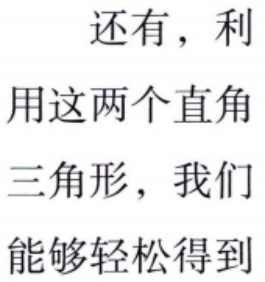
还有，利\\用这两个直角\\三角形，我们\\能够轻松得到